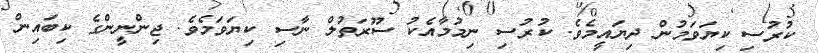
ކުރުސި ކިޔަވަމުން ދިޔައީމެވެ. ކުރުސި ނިމުމާއެކު ސޫރަތުލް ނާސި ކިޔަވަމެވެ. ޖިންނީންގެ ކިބައިން